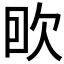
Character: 𰙌